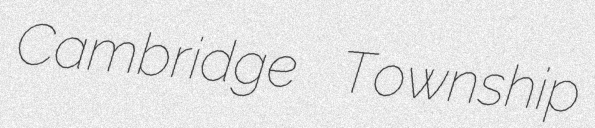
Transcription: Cambridge Township